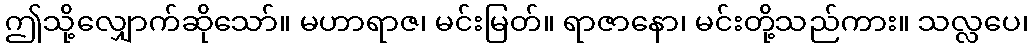
ဤသို့လျှောက်ဆိုသော်။ မဟာရာဇ၊ မင်းမြတ်။ ရာဇာနော၊ မင်းတို့သည်ကား။ သလ္လပေ၊